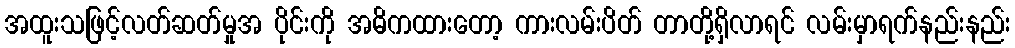
အထူးသဖြင့်လတ်ဆတ်မှုအ ပိုင်းကို အဓိကထားတော့ ကားလမ်းပိတ် တာတို့ရှိလာရင် လမ်းမှာရက်နည်းနည်း